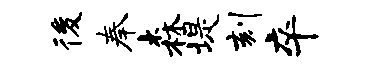
後奉森堤刻卒